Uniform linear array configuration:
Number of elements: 12
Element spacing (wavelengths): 1
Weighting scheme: exponential
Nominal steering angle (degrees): -45
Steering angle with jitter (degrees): -43.679
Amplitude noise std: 0.05
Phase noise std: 0.05

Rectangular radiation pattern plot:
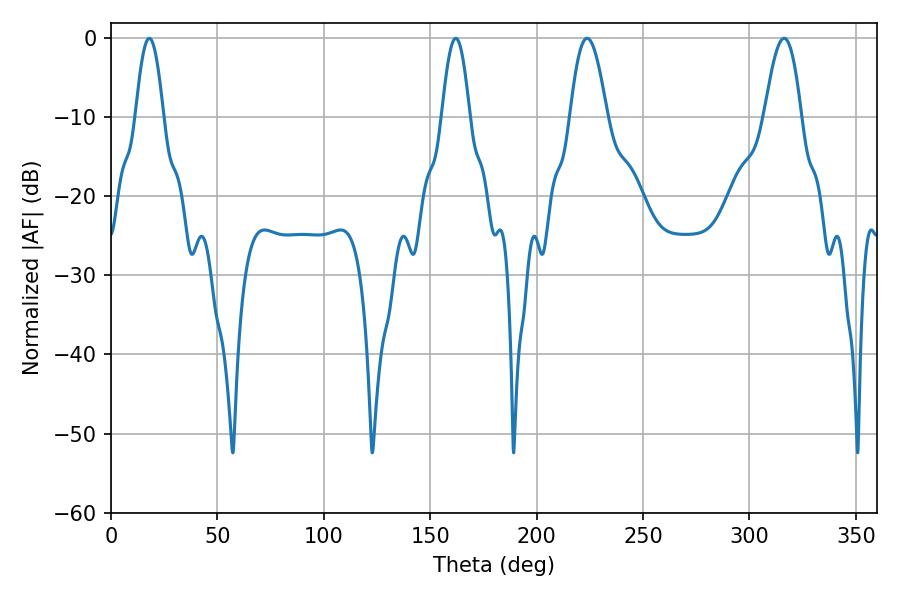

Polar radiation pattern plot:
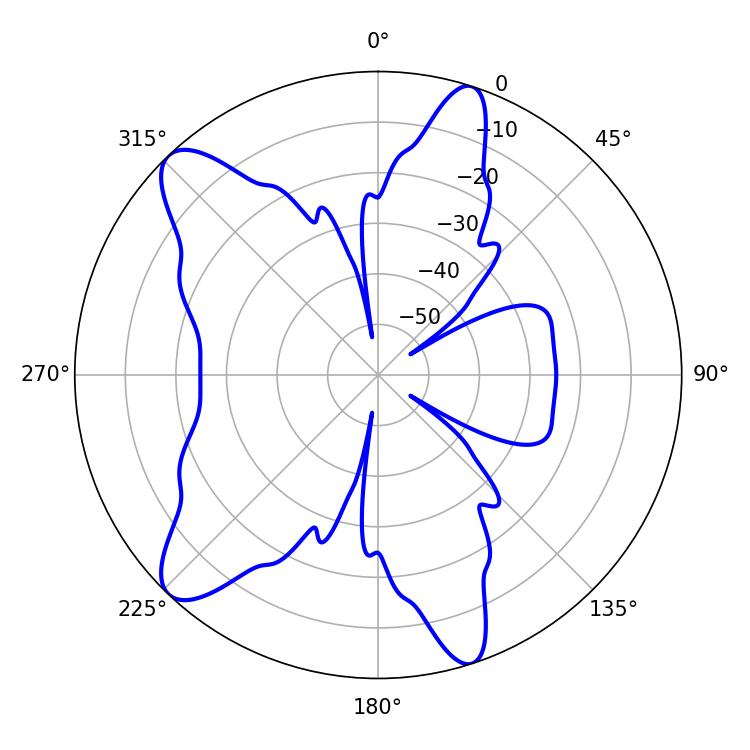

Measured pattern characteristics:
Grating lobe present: TRUE
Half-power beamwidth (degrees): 7.2
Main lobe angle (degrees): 162